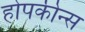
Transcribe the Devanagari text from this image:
होपकीन्स